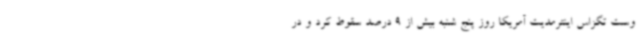
وست تگزاس اینترمدیت آمریکا روز پنج شنبه بیش از 9 درصد سقوط کرد و در